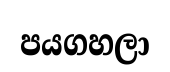
පයගහලා